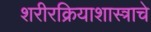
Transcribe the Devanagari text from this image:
शरीरक्रियाशास्त्राचे